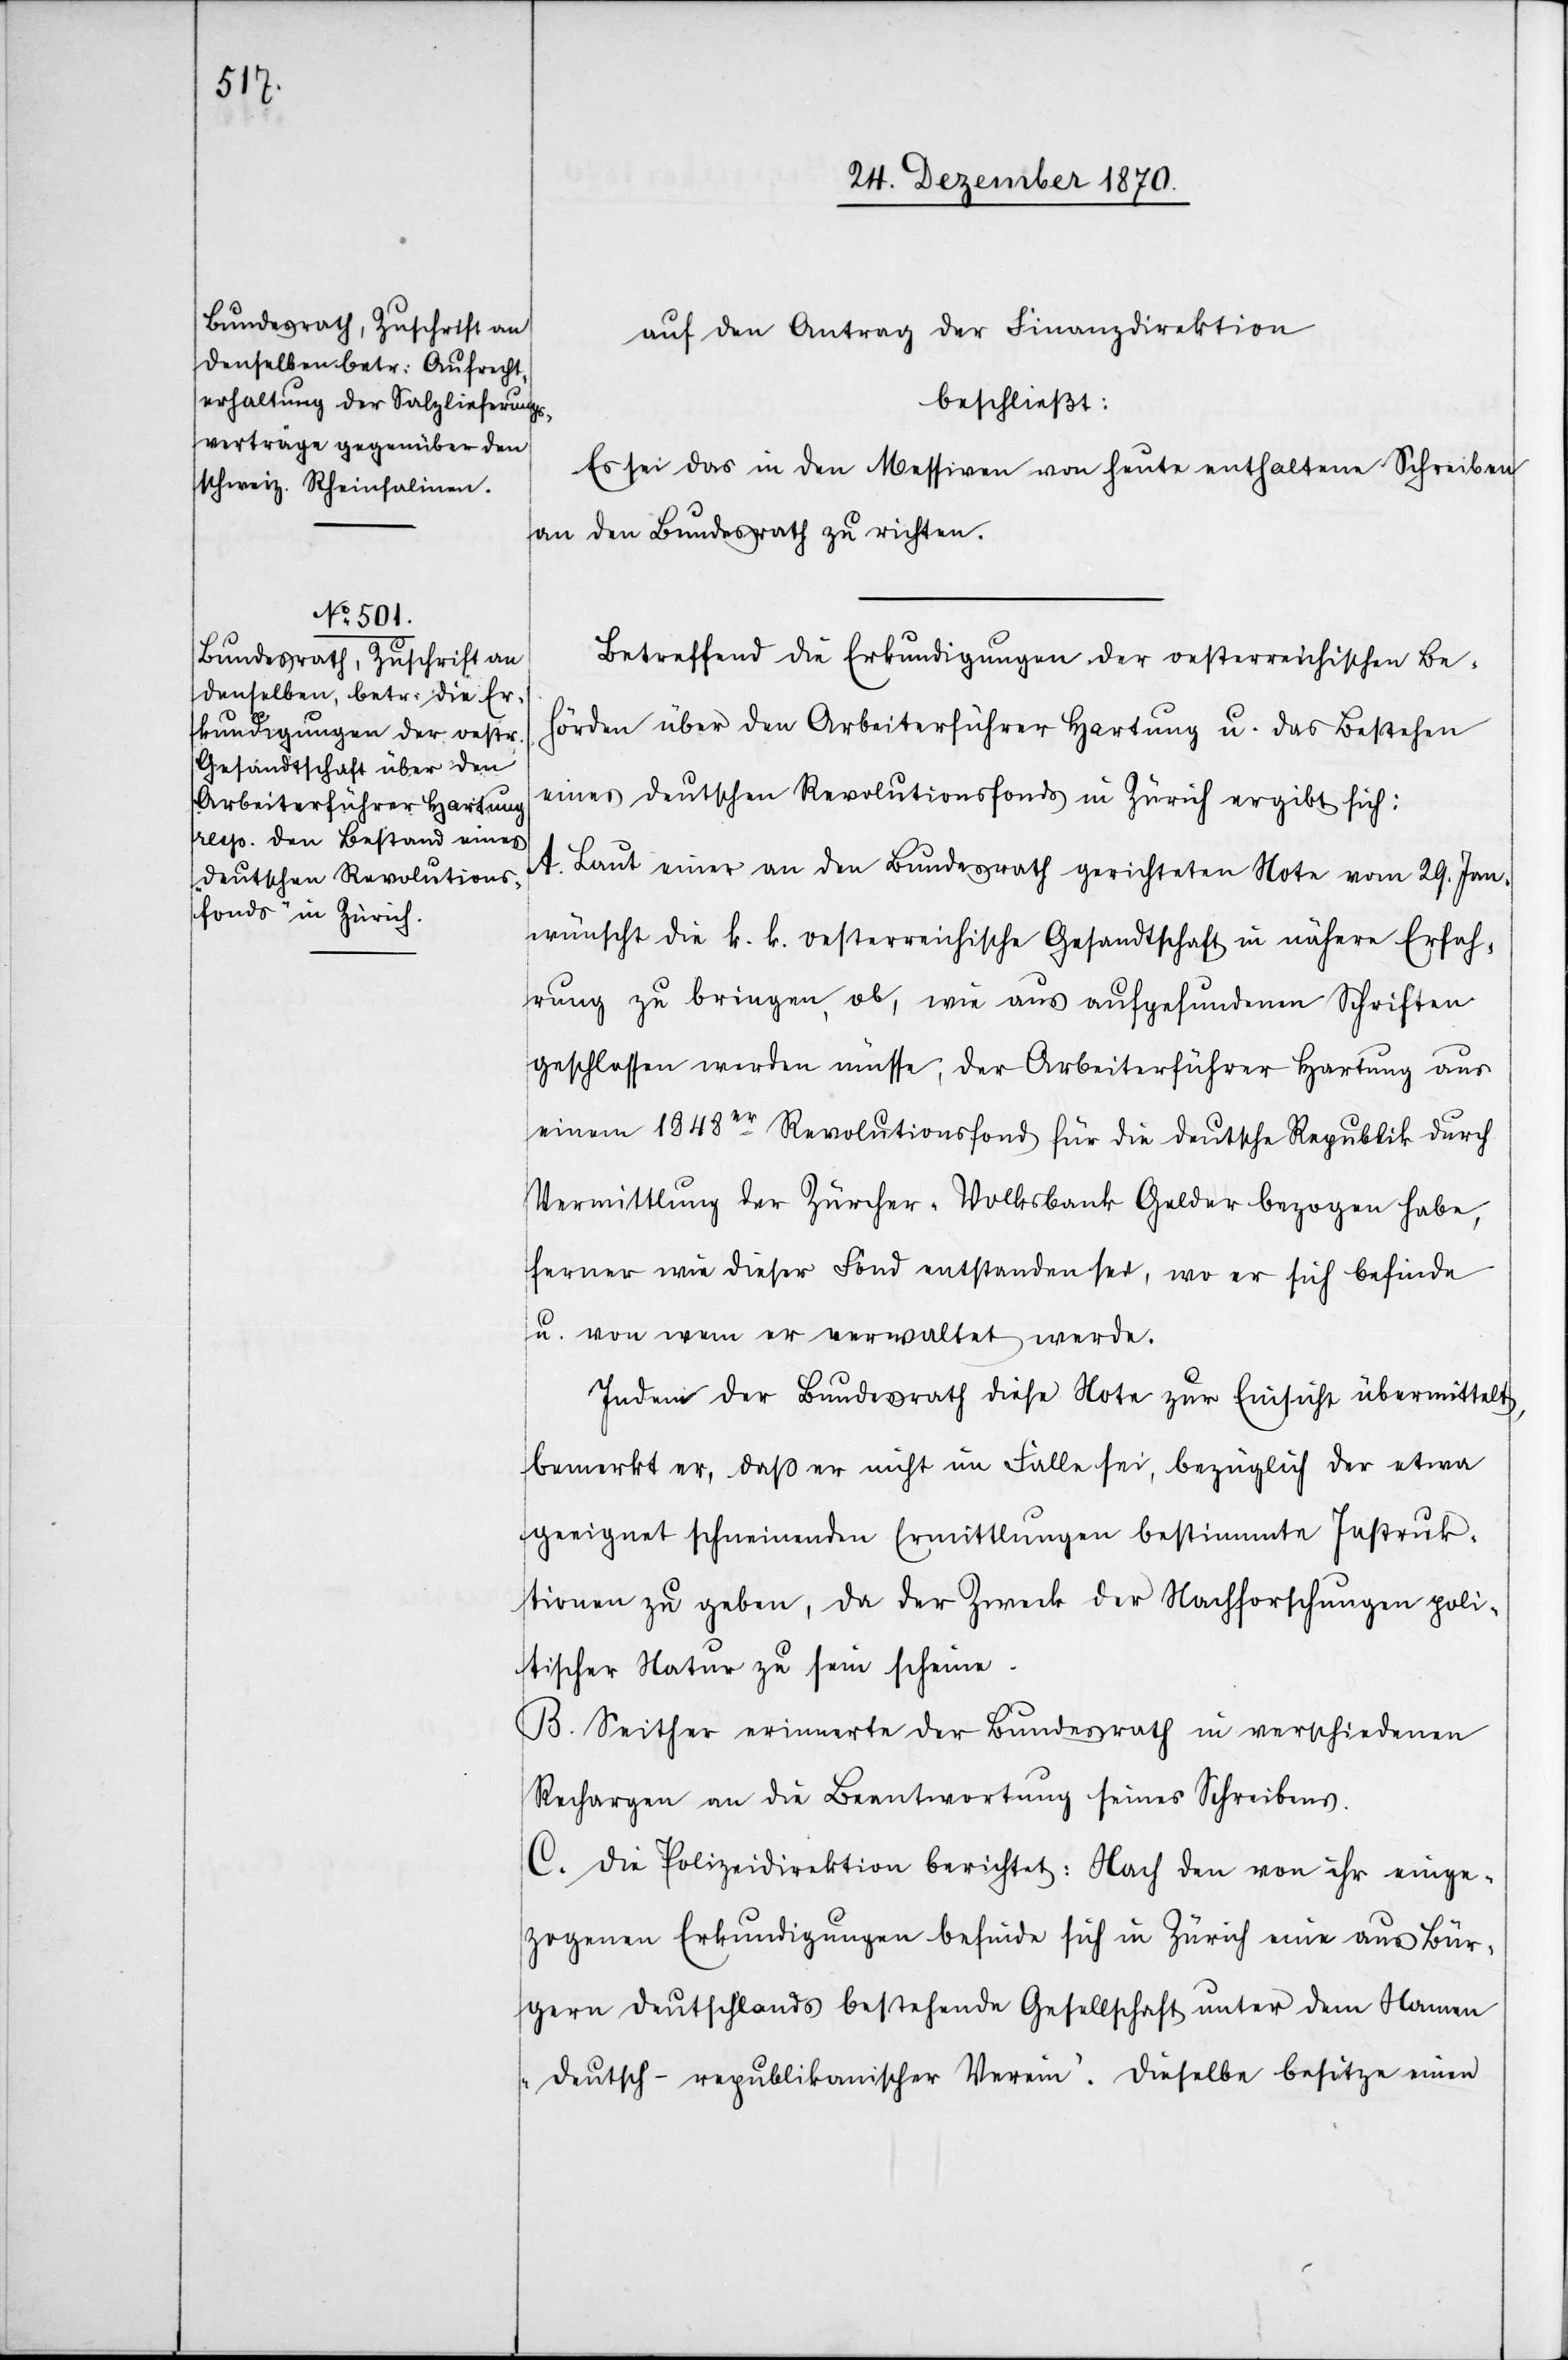
auf den Antrag der Finanzdirektion
beschließt:
Es sei das in den Missiven von heute enthaltene Schreiben
an den Bundesrath zu richten.
Betreffend die Erkundigungen der oesterreichischen Be¬
hörden über den Arbeiterführer Hartung u. das Bestehen
eines deutschen Revolutionsfonds in Zürich ergibt sich:
A. Laut einer an den Bundesrath gerichteten Note vom 29. Jan.
wünscht die k. k. oesterreichische Gesandtschaft in nähere Erfah¬
rung zu bringen, ob, wie aus aufgefundenen Schriften
geschlossen werden müsse, der Arbeiterführer Hartung aus
einem 1848er Revolutionsfond für die deutsche Republik durch
Vermittlung der Zürcher-Volksbank Gelder bezogen habe,
ferner wie dieser Fond entstanden sei, wo er sich befinde
u. von wem er verwaltet werde.
Indem der Bundesrath diese Note zur Einsicht übermittelt,
bemerkt er, daß er nicht im Falle sei, bezüglich der etwa
geeignet scheinenden Ermittlungen bestimmte Instruk¬
tionen zu geben, da der Zweck der Nachforschungen poli¬
tischer Natur zu sein scheine.
B. Seither erinnerte der Bundesrath in verschiedenen
Rechargen an die Beantwortung seines Schreibens.
C. Die Polizeidirektion berichtet: Nach den von ihr einge¬
zogenen Erkundigungen befinde sich in Zürich eine aus Bür¬
gern Deutschlands bestehende Gesellschaft unter dem Namen
„Deutsch-republikanischer Verein“. Dieselbe besitze einen